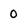
Character: 0